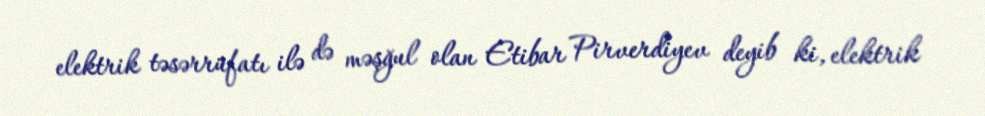
elektrik təsərrüfatı ilə də məşğul olan Etibar Pirverdiyev deyib ki, elektrik